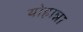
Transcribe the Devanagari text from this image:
योहान्ना